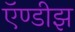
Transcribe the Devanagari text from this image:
ऍण्डीझ